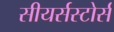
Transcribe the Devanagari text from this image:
सीयर्सस्‍टोर्स